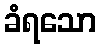
ခံရသော